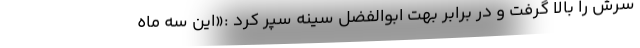
سرش را بالا گرفت و در برابر بهت ابوالفضل سینه سپر کرد :«این سه ماه